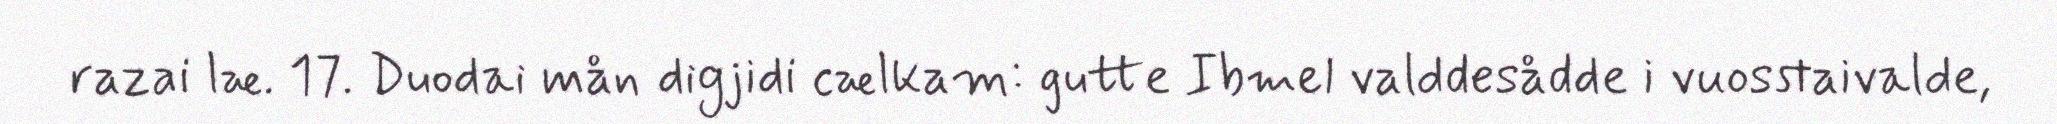
razai læ. 17. Duodai mån digjidi cælkam: gutte Ibmel valddesådde i vuosstaivalde,